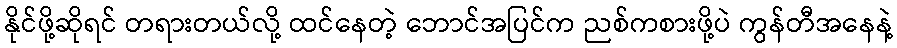
နိုင်ဖို့ဆိုရင် တရားတယ်လို့ ထင်နေတဲ့ ဘောင်အပြင်က ညစ်ကစားဖို့ပဲ ကွန်တီအနေနဲ့